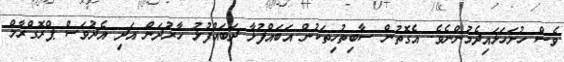
ވެސް ހުށަހަޅައިދެމުންނެވެ. އެގޮތުން ސާބިތުހިތަކުން އަބައްފުޅާ ދަބައްފުޅު ހާރުދަން އަދި އެދުވަސް ޕްރޮގްރާމް